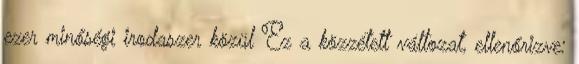
ezer minőségi irodaszer közül Ez a közzétett változat, ellenőrizve: